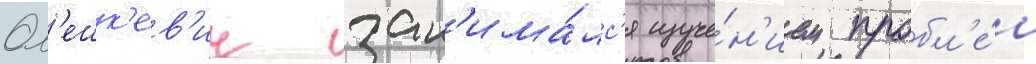
Ол'ешк'ев'ич зан'има́лс'я изуче́н'ием пробл'е́м